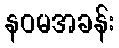
နဝမအခန်း